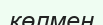
көлмен